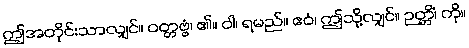
ဤအတိုင်းသာလျှင်။ ဝတ္တဗ္ဗံ၊ ၏။ ဝါ၊ ရမည်။ ဧဝံ၊ ဤသို့လျှင်။ ဉတ္တိံ၊ ကို။